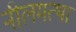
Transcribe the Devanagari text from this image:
नीलमत्था